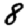
Digit: 8